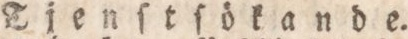
Tjenſtſökande.